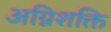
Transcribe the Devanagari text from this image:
अग्निशक्ति